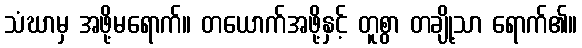
သံဃာမှ အဖို့မရောက်။ တယောက်အဖို့နှင့် တူစွာ တချို့သာ ရောက်၏။